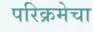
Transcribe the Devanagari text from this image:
परिक्रमेचा